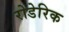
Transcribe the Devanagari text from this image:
रोडेरिक